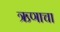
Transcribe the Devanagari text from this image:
ऋणाचा